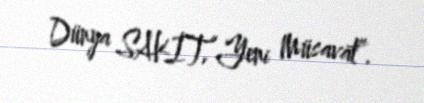
Dünya SAKİT,“Yeni Müsavat”.